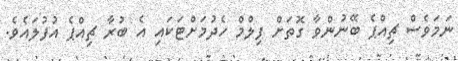
ނަމަވެސް ޗިއްޕެ ބޭނުންވާ ގޮތަށް ފިލްމް ހެދުމަށްޓަކައި އެ ބުރާ ޗިއްޕެ އުފުލައެވެ.